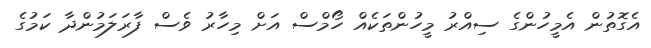
އެގޮތުން އެމީހުންގެ ސިއްރު މީހުންތަކެއް ހޯމްސް އަށް މިހާރު ވެސް ފާރަލަމުންދާ ކަމުގެ